Annual report on the Civil Veterinary Department, Burma (including the Insein Veterinary School) - 1910-1922
Year: 1910
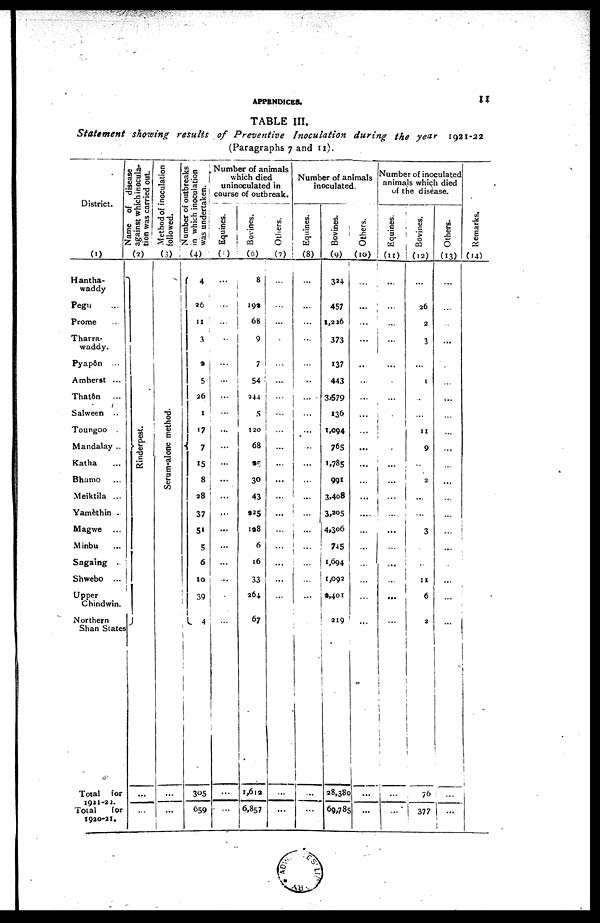
APPENDICES.
11
TABLE III.
Statement
showing results
of Preventive
Inoculation
during
the year
1921-22
(Paragraphs 7 and 11).
District.
(1)
Hantha-
waddy
Pegu ...
Prome ...
Tharra-
waddy.
Pyapôn ...
Amherst ...
Thatôn
...
Salween ..
Toungoo .
Mandalay ..
Katha ...
Bhamo ...
Meiktila ...
Yamèthin .
Magwe ...
Minbu ...
Sagaing ..
Shwebo ...
Upper
Chindwin.
Northern
Shan State
Total for
1921-22.
Total
for
1920-21.
Name of disease
against which inocula-
tion was carried out.
(2)
Rinderpest.
...
...
Method of inoculation
followed.
(3)
Serum-alone method.
...
...
Number of outbreaks
in which inoculation
was undertaken.
(4)
4
26
11
3
2
5
26
1
17
7
15
8
28
37
51
5
6
10
39
4
305
659
Number of animals
which died
uninoculated in
course of outbreak.
Equines.
(5)
...
... ...
...
...
...
...
...
...
...
...
...
...
...
...
...
...
...
...
...
...
Bovines.
(6)
8
19a
68
9
7
54
244
5
120
68
25
30
43
225
128
6
16
33
264.
67
1,612
6,857
Others.
(7)
...
...
...
...
...
...
...
...
...
...
...
...
...
...
...
...
...
...
...
...
...
...
Number of animals
inoculated.
Equines.
(8)
...
...
...
...
...
...
...
...
...
...
...
...
...
...
...
...
...
...
...
...
...
...
Bovines.
(9)
324
457
1,226
373
137
443
3,579
136
1,094
765
1,785
991
3,4o8
3,205
4,306
745
1,694
1,092
2,401
219
28,380
69,785
Others.
(10)
...
...
...
...
...
...
...
...
...
...
...
...
...
....
...
...
...
...
...
...
...
...
Number of inoculated
animals which died
of the disease.
Equines.
(11)
...
...
...
...
...
...
...
...
...
...
...
...
...
...
...
...
...
...
...
...
...
...
Bovines.
(12)
...
26
2
3
...
1
...
...
11
9
...
2
...
...
3
...
...
11
6
2
76
377
Others.
(13)
...
...
...
...
...
...
...
...
...
...
...
...
...
...
...
...
...
...
...
...
...
Re ma r
ks .
(14)